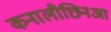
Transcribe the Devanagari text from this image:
कनालीछिनआ